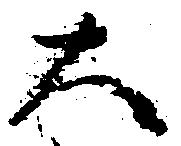
大